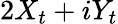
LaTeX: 2X_{t}+iY_{t}